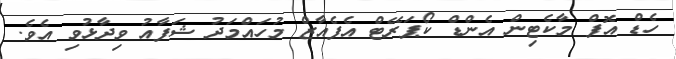
ހެޑް އޮފް މާކެޓިން އެންޑް ކޯޕަރޭޓް އެފެއާޒް މުހައްމަދު ޝަފާއު ވިދާޅުވި އެވެ.